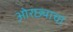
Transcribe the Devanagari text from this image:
ओरछ्याचा